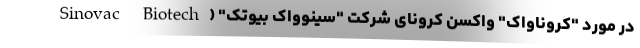
در مورد "کروناواک" واکسن کرونای شرکت "سینوواک بیوتک" (Sinovac Biotech